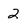
Character: 2